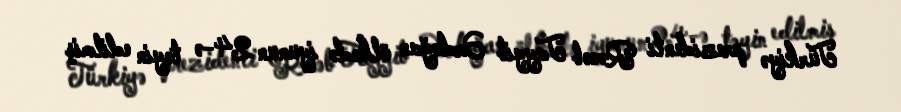
Türkiyə prezidenti Rəcəb Tayyib Ərdoğan ölkədə iyunun 24-ə təyin edilmiş